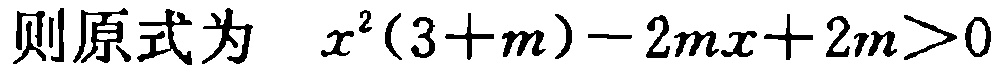
则原式为 \(x^{2}(3 + m)-2mx + 2m>0\)